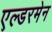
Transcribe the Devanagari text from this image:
एल्डरमेन